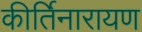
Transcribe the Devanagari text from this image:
कीर्तिनारायण